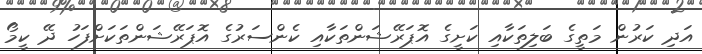
އަދި ކަރުން މަތީގެ ބަލިތަކާއި ކަށީގެ އޮޕަރޭޝަންތަކާއި ކެންސަރުގެ އޮޕަރޭޝަންތަކަށްފަހު ދޭ ކީމޯ